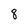
Character: 8